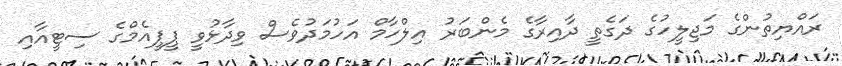
ރައްޔިތުންގެ މަޖިލީހުގެ ދަގެތީ ދާއިރާގެ މެންބަރު އިލްހާމް އަހުމަދުވެސް ވިދާޅުވީ ޕީޕީއެމްގެ ސިޓީއާއި